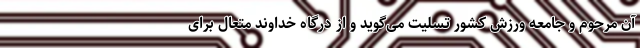
آن مرحوم و جامعه ورزش کشور تسلیت می‌گوید و از درگاه خداوند متعال برای